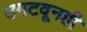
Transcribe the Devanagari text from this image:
उमटवूनही